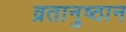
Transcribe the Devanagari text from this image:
व्रतानुष्ठान